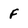
Character: F